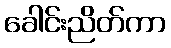
ခေါင်းညိတ်ကာ